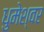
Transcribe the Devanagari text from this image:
धुमेश्वर